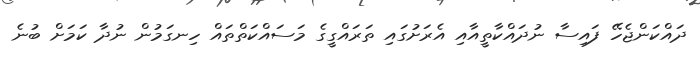
ދައްކަންޖެހޭ ފައިސާ ނުދައްކާތީއާއި އެރަށުގައި ތަރައްގީގެ މަސައްކަތްތައް ހިނގަމުން ނުދާ ކަމަށް ބުނެ